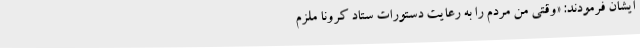
ایشان فرمودند: «وقتی من مردم را به رعایت دستورات ستاد کرونا ملزم